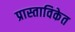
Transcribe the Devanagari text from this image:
प्रास्ताविकेत